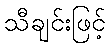
သီချင်းဖြင့်